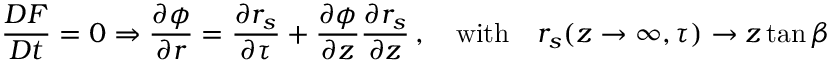
\frac { D F } { D t } = 0 \Rightarrow \frac { \partial \phi } { \partial r } = \frac { \partial r _ { s } } { \partial \tau } + \frac { \partial \phi } { \partial z } \frac { \partial r _ { s } } { \partial z } \, , \quad \mathrm { w i t h } \quad r _ { s } ( z \rightarrow \infty , \tau ) \rightarrow z \tan \beta